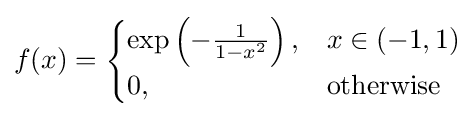
f(x)={\begin{cases}\exp \left(-{\frac {1}{1-x^{2}}}\right),&x\in (-1,1)\\0,&{\text{otherwise}}\end{cases}}